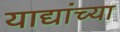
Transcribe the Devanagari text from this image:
याद्यांच्या